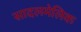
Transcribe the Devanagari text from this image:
सादलमेलिक